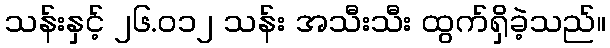
သန်းနှင့် ၂၆.၀၁၂ သန်း အသီးသီး ထွက်ရှိခဲ့သည်။